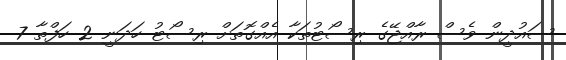
ސައުދީން ވެސް ރާއްޖޭގެ ރިސޯޓުތަކާ އެއްގޮތަށް ރިސޯޓު ހަދަނީ 2 ހަފްތާ 7